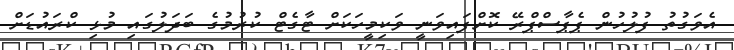
އެވަގުތު ފުލުހުން ޕެޕާސްޕްރޭ ކޮށްފައިވަނީ ވަކިމީހަކަށް ޓާގެޓް ކުރުމުގެ ބަދަލުގައި މުޅި ކްރައުޑަށް